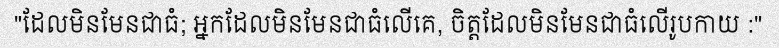
"ដែលមិនមែនជាធំ; អ្នកដែលមិនមែនជាធំលើគេ, ចិត្តដែលមិនមែនជាធំលើរូបកាយ :"